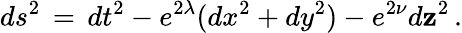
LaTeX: ds^{2}\, =\, dt^{2}-e^{2\lambda}(dx^{2}+dy^{2})-e^{2\nu}d\mathbf{z}^{2}\, .